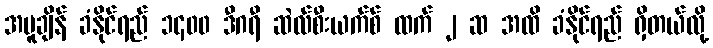
အပူချိန် ခံနိုင်ရည် ၁၄၀၀ ဒီဂရီ ဆဲလ်စီးယက်စ် ထက် ၂ ဆ အထိ ခံနိုင်ရည် ရှိတယ်လို့